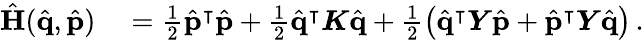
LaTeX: \begin{array}{rl}{\hat{\mathbf{H}}(\hat{\mathbf{q}},\hat{\mathbf{p}})}&{{}=\frac{1}{2}\hat{\mathbf{p}}^{\intercal}\hat{\mathbf{p}}+\frac{1}{2}\hat{\mathbf{q}}^{\intercal}\boldsymbol{K}\hat{\mathbf{q}}+\frac{1}{2}\left(\hat{\mathbf{q}}^{\intercal}\boldsymbol{Y}\hat{\mathbf{p}}+\hat{\mathbf{p}}^{\intercal}\boldsymbol{Y}\hat{\mathbf{q}}\right)\, .}\end{array}